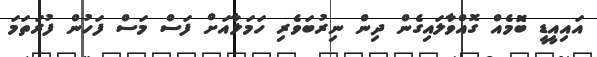
އައިއީޑީ ބޮމެއް ގޮއްވާލައިގެން ދިން ނިރުބަވެރި ހަމަލާއަށް ފަސް މަސް ފަހުން ފުރަތަމަ